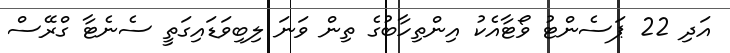
އަދި 22 ޕަސެންޓު ވޯޓާއެކު އިންތިހާބުގެ ތިން ވަނަ ލިބިވަޑައިގަތީ ސެނެޓާ ގްރޭސް